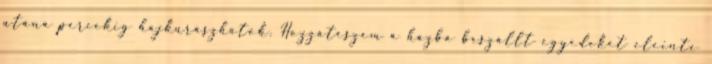
utána percekig hajkurászhatok. Hozzáteszem a házba beszállt egyedeket eleinte